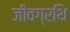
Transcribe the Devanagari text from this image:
जीवग्रथि